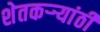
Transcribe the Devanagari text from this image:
शेतकऱ्र्‍यांठी